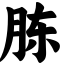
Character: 胨